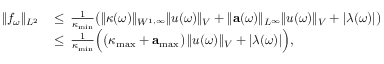
\begin{array} { r l } { \| f _ { \omega } \| _ { L ^ { 2 } } \, } & { \leq \, \frac { 1 } { \kappa _ { \mathrm { m i n } } } \big ( \| \kappa ( \omega ) \| _ { W ^ { 1 , \infty } } \| u ( \omega ) \| _ { V } + \| \mathbf { a } ( \omega ) \| _ { L ^ { \infty } } \| u ( \omega ) \| _ { V } + | \lambda ( \omega ) | \big ) } \\ & { \leq \, \frac { 1 } { \kappa _ { \mathrm { m i n } } } \Big ( \big ( \kappa _ { \mathrm { m a x } } + \mathbf { a } _ { \mathrm { m a x } } \big ) \, \| u ( \omega ) \| _ { V } + | \lambda ( \omega ) | \Big ) , } \end{array}